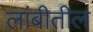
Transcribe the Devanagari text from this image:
लांबीतील